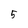
Character: 5